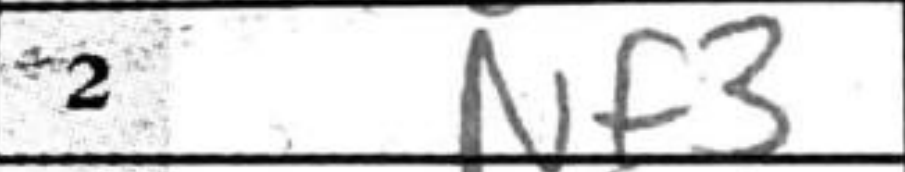
Transcription: Nf3